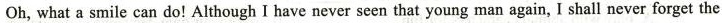
Oh, what a smile can do! Although I have never seen that young man againI shall never forget the